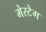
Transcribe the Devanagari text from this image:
मेस्टेग